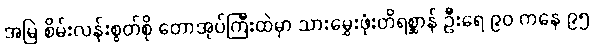
အမြဲ စိမ်းလန်းစွတ်စို တောအုပ်ကြီးထဲမှာ သားမွှေးဖုံးတိရစ္ဆာန် ဦးရေ ၉၀ ကနေ ၉၅